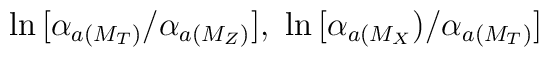
\ln\,[\alpha_{a(M_T)}/\alpha_{a(M_Z)}], \,\,\ln\,[\alpha_{a(M_X})/\alpha_{a(M_T)}]